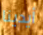
أيدينا